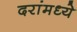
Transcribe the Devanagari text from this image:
दरांमध्ये